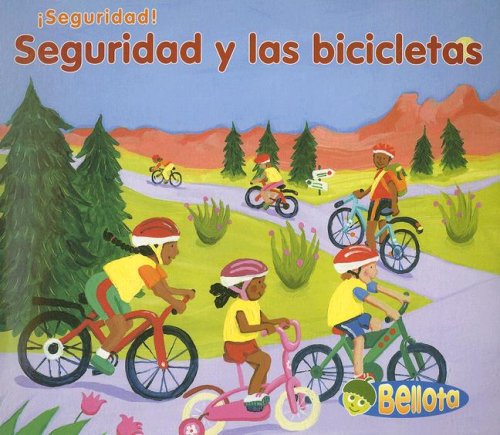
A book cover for Seguridad y las bicicletas (Spanish Edition); Sue Barraclough; Children's Books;